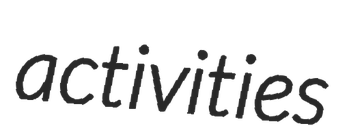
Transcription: activities